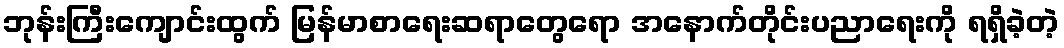
ဘုန်းကြီးကျောင်းထွက် မြန်မာစာရေးဆရာတွေရော အနောက်တိုင်းပညာရေးကို ရရှိခဲ့တဲ့